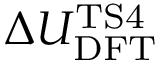
\Delta U _ { \mathrm { D F T } } ^ { \mathrm { T S 4 } }